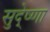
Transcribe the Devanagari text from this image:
सुदे्ष्णा